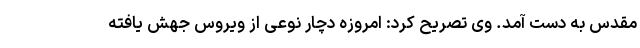
مقدس به دست آمد. وی تصریح کرد: امروزه دچار نوعی از ویروس جهش یافته